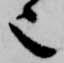
也